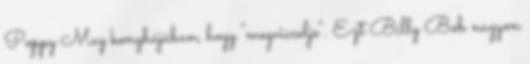
Poppy May konyhájában, hogy "megviccelje". Ezt Billy Bob nagyon